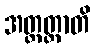
အတ္ထတ္တာတိ